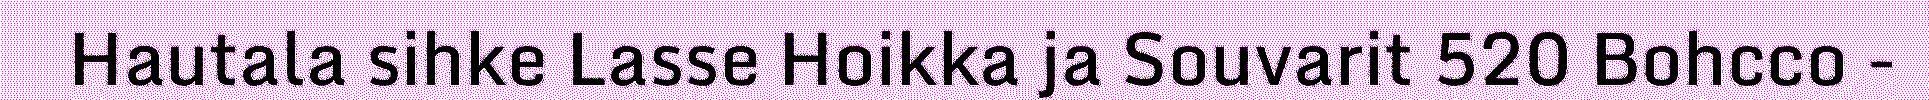
Hautala sihke Lasse Hoikka ja Souvarit 520 Bohcco -